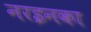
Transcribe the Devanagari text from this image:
नरइनका